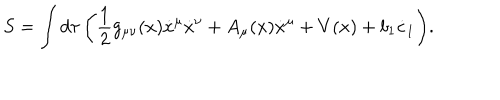
S = \int { d \tau \left( \frac { 1 } { 2 } g _ { \mu \nu } ( x ) \dot { x } ^ { \mu } \dot { x } ^ { \nu } + A _ { \mu } ( x ) \dot { x } ^ { \mu } + V ( x ) + b _ { 1 } \dot { c } _ { 1 } \right) } .